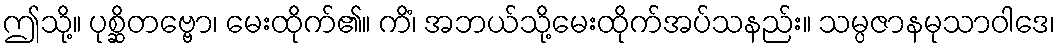
ဤသို့။ ပုစ္ဆိတဗ္ဗော၊ မေးထိုက်၏။ ကိံ၊ အဘယ်သို့မေးထိုက်အပ်သနည်း။ သမ္ပဇာနမုသာဝါဒေ၊